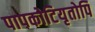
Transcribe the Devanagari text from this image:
पापकोटियृतोपि